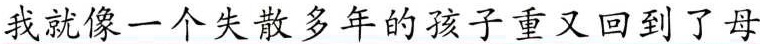
我就像一个失散多年的孩子重又回到了母